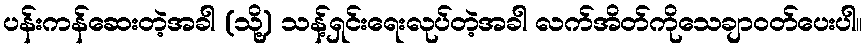
ပန်းကန်ဆေးတဲ့အခါ (သို့) သန့်ရှင်းရေးလုပ်တဲ့အခါ လက်အိတ်ကိုသေချာဝတ်ပေးပါ။